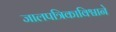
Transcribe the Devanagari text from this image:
जालपत्रिकाविश्वाने